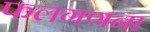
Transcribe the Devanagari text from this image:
फलगणना